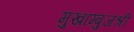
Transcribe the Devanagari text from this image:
मुखाम्बुजश्री